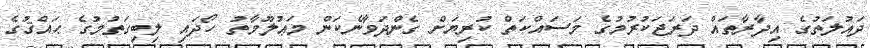
ދައުލަތުގެ އިދާރާތައް ދަރަޖަކުރުމުގެ މަސައްކަތް ކުރިޔަށް ގެންދަވާނެކަން މަޢުލޫމާތު ހޯދައި ލިބިގަތުމުގެ ޙައްޤުގެ